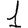
Digit: 1